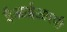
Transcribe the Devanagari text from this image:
ईआईआरपी